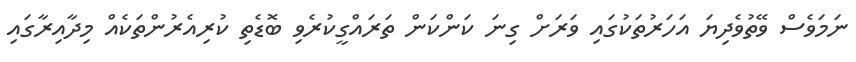
ނަމަވެސް ވޭތުވެދިޔަ އަހަރުތަކުގައި ވަރަށް ގިނަ ކަންކަން ތަރައްގީކުރެވި ބޮޑެތި ކުރިއެރުންތަކެއް މިދާއިރާގައި